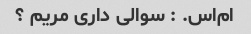
ام‌اس. : سوالی داری مریم ؟